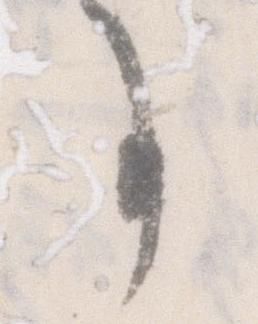
事